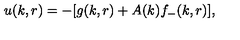
u ( k , r ) = - [ g ( k , r ) + A ( k ) f _ { - } ( k , r ) ] ,